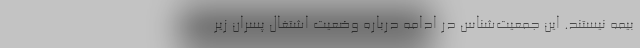
بیمه نیستند. این جمعیت‌شناس در ادامه درباره وضعیت اشتغال پسران زیر